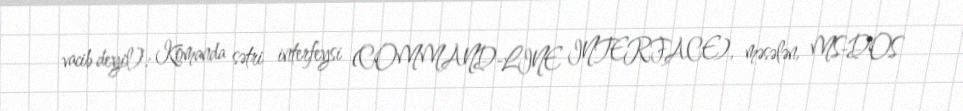
vacib deyil): Komanda sətri interfeysi (COMMAND-LINE INTERFACE), məsələn, MS-DOS